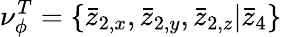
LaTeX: \nu_{\phi}^{T}=\{ \bar{z}_{2,x},\bar{z}_{2,y},\bar{z}_{2,z}|\bar{z}_{4}\}